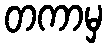
တကာမှ